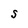
Character: S